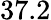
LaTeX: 37.2